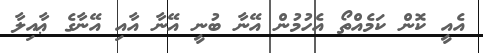
އެއީ ކޮން ކަމެއްތޯ އެހުމުން އޭނާ ބުނީ އޭނާ އާއި އޭނާގެ ޢާއިލާ